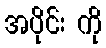
အပိုင်း ကို